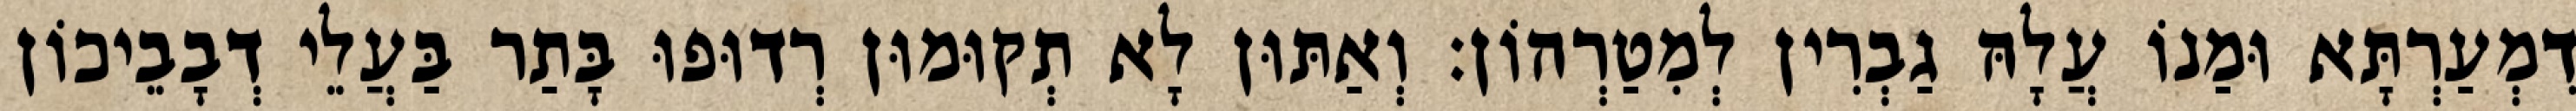
דִמְעַרְתָּא וּמַנוֹ עֲלָהּ גַבְרִין לְמִטַרְהוֹן׃ וְאַתּוּן לָא תְקוּמוּן רְדוּפוּ בָּתַר בַּעֲלֵי דְבָבֵיכוֹן